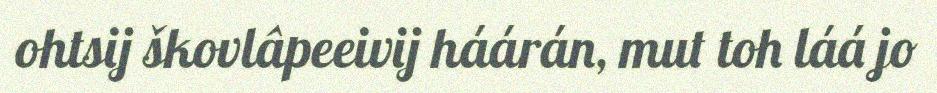
ohtsij škovlâpeeivij háárán, mut toh láá jo